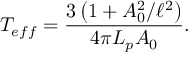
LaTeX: T _ { e f f } = \frac { 3 \left( 1 + A _ { 0 } ^ { 2 } / \ell ^ { 2 } \right) } { 4 \pi L _ { p } A _ { 0 } } .